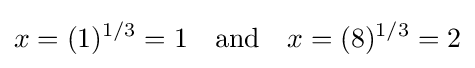
x=(1)^{1/3}=1\quad {\text{and}}\quad x=(8)^{1/3}=2